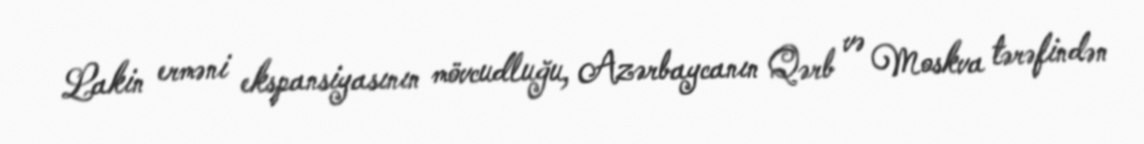
Lakin erməni ekspansiyasının mövcudluğu, Azərbaycanın Qərb və Moskva tərəfindən